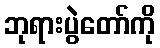
ဘုရားပွဲတော်ကို